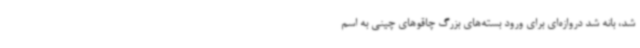
شد، بانه شد دروازه‌ای برای ورود بسته‌های بزرگ چاقوهای چینی به اسم